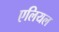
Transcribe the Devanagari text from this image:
एलियल